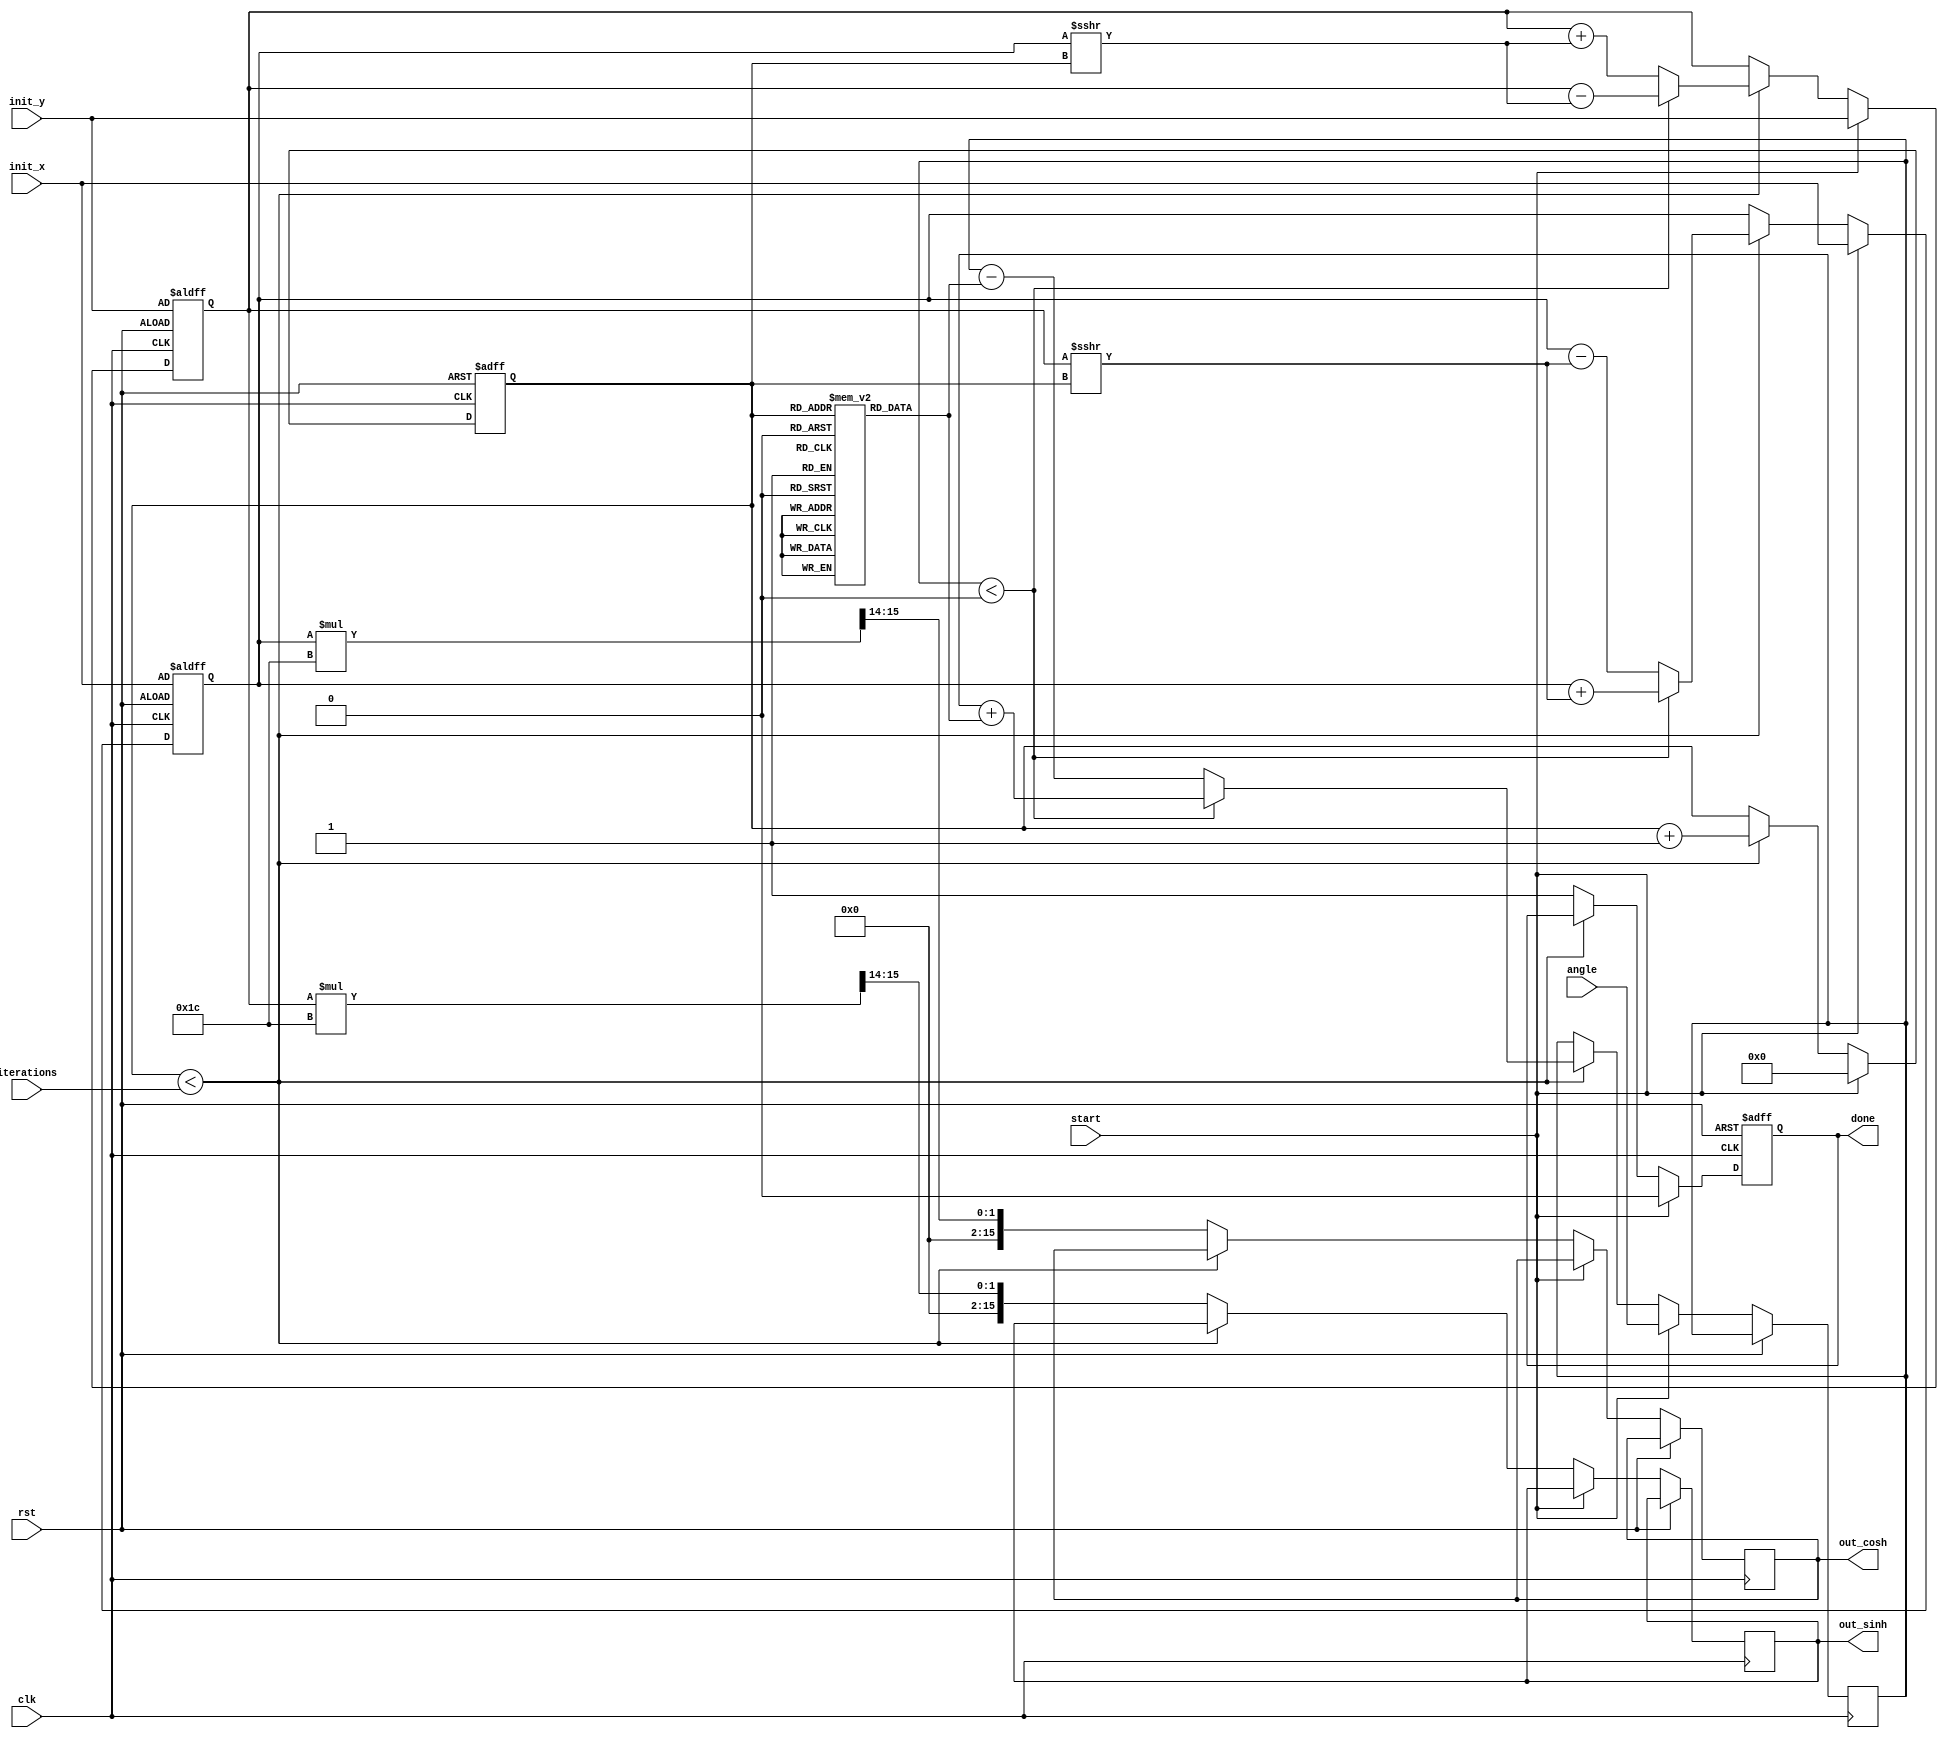
module hyperbolic_cordic (
    input clk,
    input rst,
    input start,
    input [15:0] angle, // Input angle in fixed-point representation
    input [15:0] init_x, // Initial value for hyperbolic cosine
    input [15:0] init_y, // Initial value for hyperbolic sine
    input [3:0] iterations, // Number of iterations for CORDIC
    output reg [15:0] out_cosh,
    output reg [15:0] out_sinh,
    output reg done
);

    // Internal Registers
    reg [15:0] x, y; // Current coordinates
    reg [3:0] count; // Iteration counter
    reg signed [15:0] angle_reg;
    reg signed [15:0] angle_table [0:15]; // Lookup table for hyperbolic angles
    reg [15:0] scale = 16'h1C; // Scaling factor for hyperbolic CORDIC

    // Initialize the angle table for hyperbolic functions
    initial begin
        angle_table[0] = 16'h8000; // atan(1) in fixed-point
        angle_table[1] = 16'h5A82; // atan(1/2) in fixed-point
        angle_table[2] = 16'h3C90; // atan(1/4) in fixed-point
        // Add more values as needed
    end

    // Control unit
    always @(posedge clk or posedge rst) begin
        if (rst) begin
            x <= init_x;
            y <= init_y;
            count <= 0;
            done <= 0;
        end else if (start) begin
            x <= init_x;
            y <= init_y;
            angle_reg <= angle;
            count <= 0;
            done <= 0;
        end else if (count < iterations) begin
            // CORDIC iteration logic
            if (angle_reg < 0) begin
                // Rotate in the negative direction
                x <= x + (y >>> count);
                y <= y - (x >>> count);
                angle_reg <= angle_reg + angle_table[count];
            end else begin
                // Rotate in the positive direction
                x <= x - (y >>> count);
                y <= y + (x >>> count);
                angle_reg <= angle_reg - angle_table[count];
            end
            count <= count + 1;
        end else begin
            // Final scaling and output
            out_cosh <= x * scale >>> 14; // Adjust scale based on implementation
            out_sinh <= y * scale >>> 14; // Adjust scale based on implementation
            done <= 1; // Indicate completion
        end
    end

endmodule